Vaccination in Bombay 1869-1873 - 1869-1873
Year: 1869
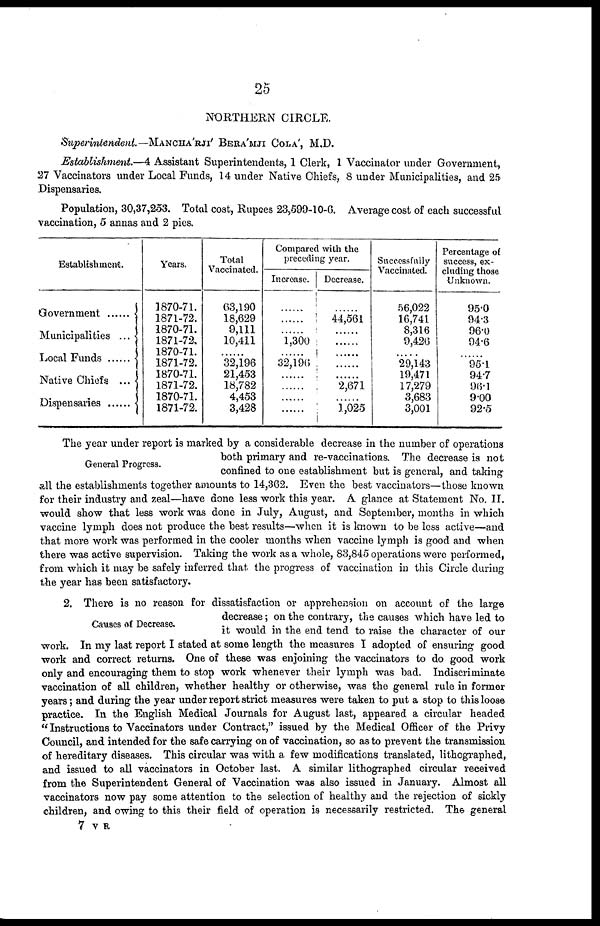
25
NORTHERN CIRCLE.
Superintendent. — MANCHA'RJI' BERA'MJI COLA', M.D.
Establishment.—4 Assistant Superintendents, 1 Clerk, 1 Vaccinator under Government,
27 Vaccinators under Local Funds, 14 under Native Chiefs, 8 under Municipalities, and 25
Dispensaries.
Population, 30,37,253. Total cost, Rupees 23,599-10-6. Average cost of each successful
vaccination, 5 annas and 2 pies.
Establishment.
Government .......
Municipalities ...
Local Funds
Native Chiefs ...
Dispensaries ......
Years.
1870-71.
1871-72.
1870-71.
1871-72.
1870-71.
1871-72.
1870-71.
1871-72.
1870-71.
1871-72.
Total
Vaccinated.
63,190
18,629
9,111
10,411
......
32,196
21,453
18,782
4,453
3,428
Compared with the
preceding year.
Increase.
......
......
1,300
32,196
......
......
......
Decrease.
......
44,561
......
......
2,671
......
1,025
Successfully
Vaccinated.
56,022
16,741
8,316
9,426
......
29,143
19,471
17,279
3,683
3,001
Percentage of
success, ex-
cluding those
Unknown.
95.0
94.3
96.0
94.6
......
95.1
94.7
96.1
9.00
92.5
General Progress.
The year under report is marked by a considerable decrease in the number of operations
both primary and re-vaccinations. The decrease is not
confined to one establishment but is general, and taking
all the establishments together amounts to 14,362. Even the best vaccinators—those known
for their industry and zeal—have done less work this year. A glance at Statement No. II.
would show that less work was done in July, August, and September, months in which
vaccine lymph does not produce the best results—when it is known to be less active—and
that more work was performed in the cooler months when vaccine lymph is good and when
there was active supervision. Taking the work as a whole, 83,845 operations were performed,
from which it may be safely inferred that the progress of vaccination in this Circle during
the year has been satisfactory.
Causes of Decrease.
2. There is no reason for dissatisfaction or apprehension on account of the large
decrease; on the contrary, the causes which have led to
it would in the end tend to raise the character of our
work. In my last report I stated at some length the measures I adopted of ensuring good
work and correct returns. One of these was enjoining the vaccinators to do good work
only and encouraging them to stop work whenever their lymph was bad. Indiscriminate
vaccination of all children, whether healthy or otherwise, was the general rule in former
years; and during the year under report strict measures were taken to put a stop to this loose
practice. In the English Medical Journals for August last, appeared a circular headed
" Instructions to Vaccinators under Contract," issued by the Medical Officer of the Privy
Council, and intended for the safe carrying on of vaccination, so as to prevent the transmission
of hereditary diseases. This circular was with a few modifications translated, lithographed,
and issued to all vaccinators in October last. A similar lithographed circular received
from the Superintendent General of Vaccination was also issued in January. Almost all
vaccinators now pay some attention to the selection of healthy and the rejection of sickly
children, and owing to this their field of operation is necessarily restricted. The general
7 V R